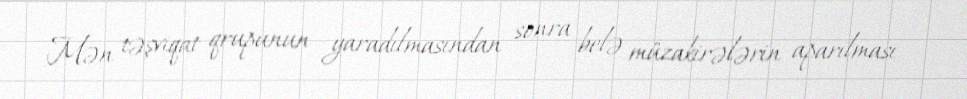
Mən təşviqat qrupunun yaradılmasından sonra belə müzakirələrin aparılması